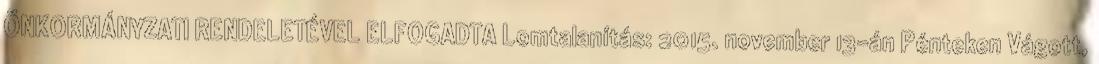
ÖNKORMÁNYZATI RENDELETÉVEL ELFOGADTA Lomtalanítás: 2015. november 13-án Pénteken Vágott,